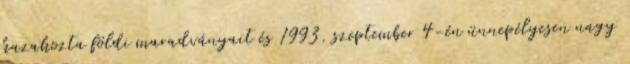
hazahozta földi maradványait és 1993. szeptember 4-én ünnepélyesen nagy